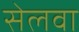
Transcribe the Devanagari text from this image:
सेलवा